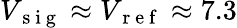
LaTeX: V_{\mathrm{~s~i~g~}}\approx V_{\mathrm{~r~e~f~}}\approx 7.3